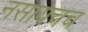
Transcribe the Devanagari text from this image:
नसायचच